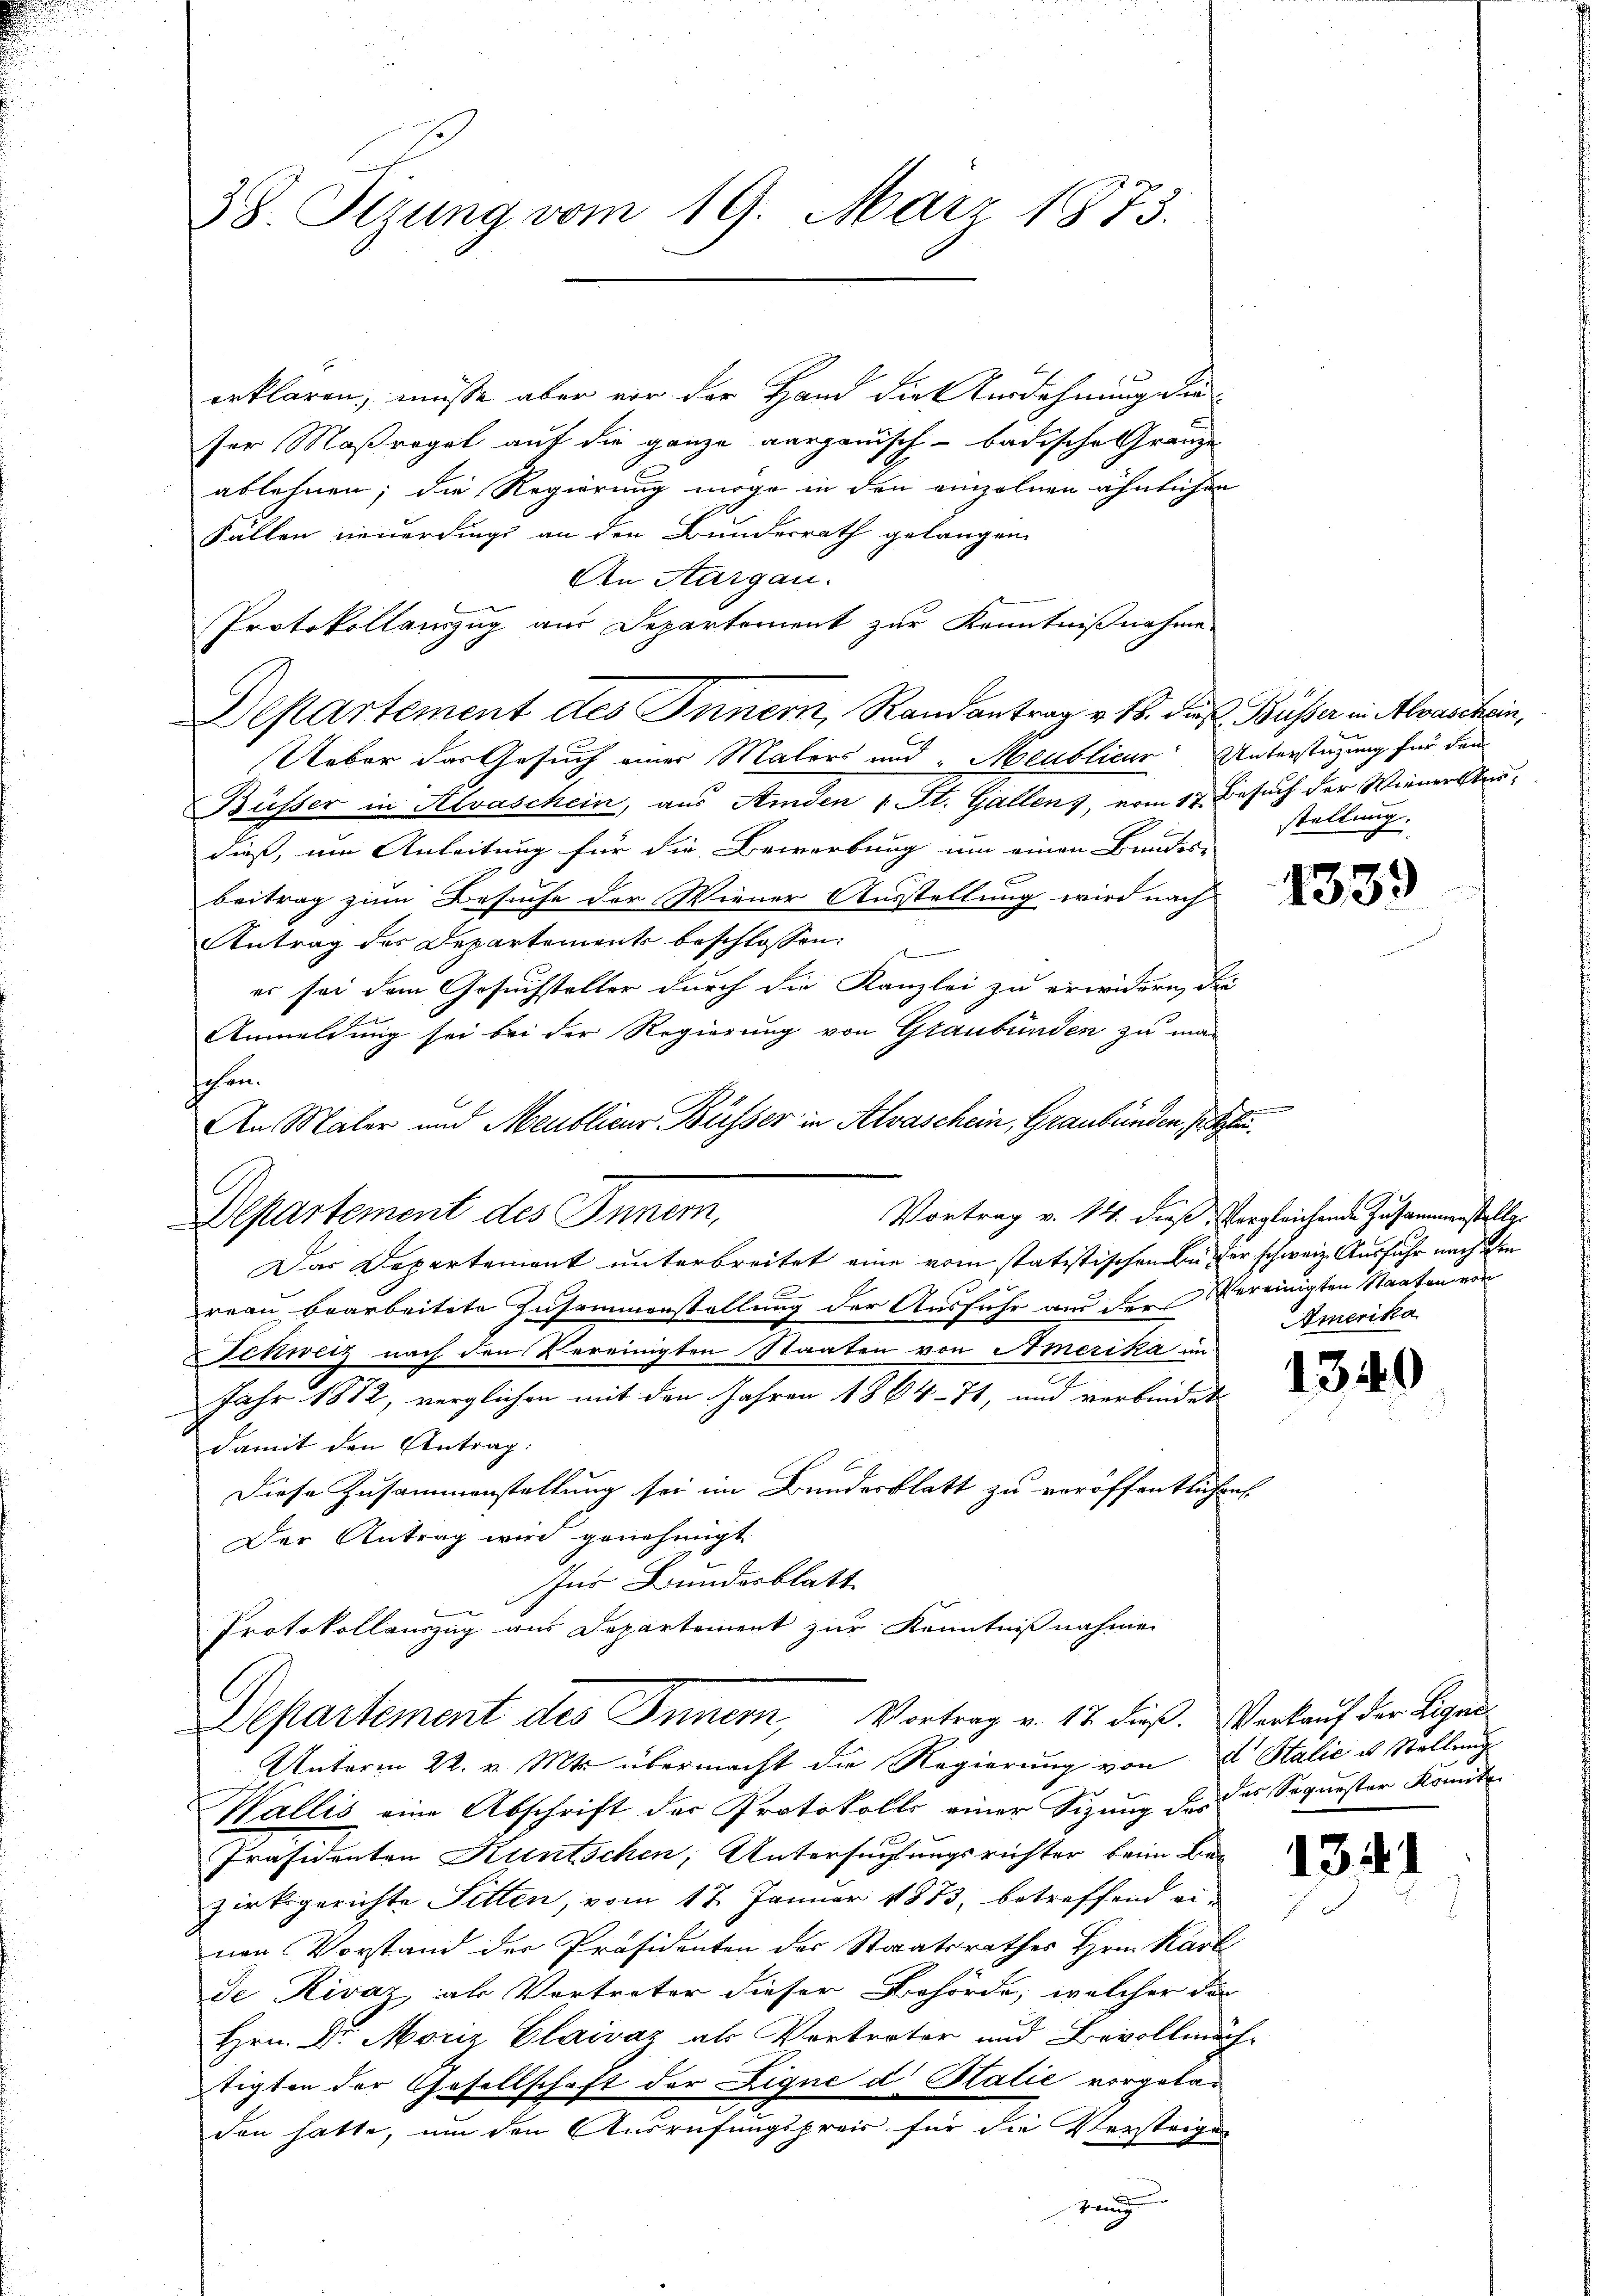
38. Stzung vom 19. März 1873.

erklären, müsse aber vor der Hand die Verdohnung der
ser Maßregel auf die ganze aargauisch - badische Gränze
ablehnen; die Regierung möge in den einzelnen ähnlichen
Fällen neuerdings an den Bundesrath gelangen
An Aargau.
Protokollenzug aus Departement zur Kenntnißnahme
Departement des Innern, Randantrag v. 18. dieß Büsser in Abwaschein,
Ueber das Gesuch einer Malers und Meublicur Unterstützung für den
Büsser in Alvaschein, aus Aiden 1 St. Gallen), vom 17. Besuch der Wienersterdieß, um Anleitung für die Bewerbung um einen Bunder-
Beitrag zum Besuche der Wiener Ausstellung wird nach
Antrag der Departements beschlossen:
er sei dem Gesuchsteller durch die Kanzlei zu erwidern, die
Anmeldung sei bei der Regierung von Graubünden zu man
hehen.
An Maler und Meublicur Büsser in Alvaschein, Graubünden, s
Departement des Innern,
Das Departement unterbreitet eine vom statistischen Bücher schweiz. Ausfuhr nach den
reau bearbeitete Zusammenstellung der Ausfuhr aus der vereinigten Staaten von
Eichweiz nach den Vereinigten Staaten von Amerika im
s
Jahr 1872, verglichen mit den Jahren 1864. 71, und verbindet
damit den Antrag:
Diese Zusammenstellung sei im Bundesblatt zu veröffentlichen
Der Antrag wird genehmigt.
Ins Bundesblatt
Protokollauszug aus Departement zur Kenntnißnahmen
Departement des Innern, Vortrag v. 17. dieß. Verkauf der Legen
Unterm 22. v. Mts. übermacht die Regierŭng von 4 Stalić u. Stellung
Wallis eine Abschrift der Protokolls einer Sizung des der Sequester Komite
Präsidenten Kuntschen, Untersuchungsrichter beim Bes
zirksgerichte Sitten, vom 17. Januar 1873, betreffend ei-
nen Vorstand der Präsidenten des Staatsrathes Hrn. Kart
de Rivaz als Vertreter dieser Behörde, welcher der
Hrn. Dr. Moriz Claivaz als Vertrater und Bevollmäch-
tigten der Gesellschaft der Ligne d. Balić vorgeladen hatte, um den Ausrufungspreis für die Verstrigen
Zeug

stellung.

Vortrag v. 14. dieß Vergleichende Zusammenstellg.
Amerika

1340

1341